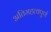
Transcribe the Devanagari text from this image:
अतिमहत्‍वपुर्ण